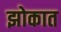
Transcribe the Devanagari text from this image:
झोकात